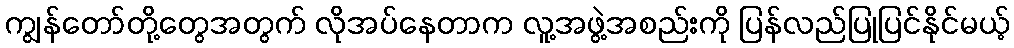
ကျွန်တော်တို့တွေအတွက် လိုအပ်နေတာက လူ့အဖွဲ့အစည်းကို ပြန်လည်ပြုပြင်နိုင်မယ့်